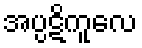
အပ္ပဋိကူလေ